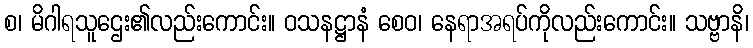
စ၊ မိဂါရသူဌေး၏လည်းကောင်း။ ဝသနဋ္ဌာနံ စေဝ၊ နေရာအရပ်ကိုလည်းကောင်း။ သဗ္ဗာနိ၊